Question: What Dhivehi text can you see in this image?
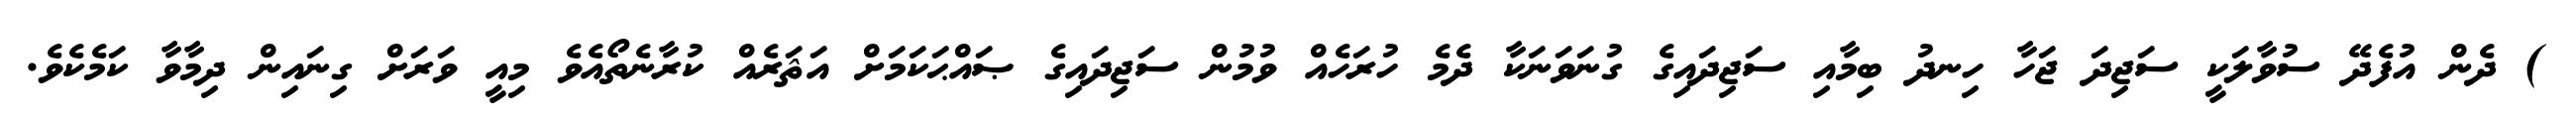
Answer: ) ދެން އުފެދޭ ސުވާލަކީ ސަޖިދަ ޖަހާ ހިނދު ބިމާއި ސަޖިދައިގެ ގުނަވަނަކާ ދެމެ ހުރަހެއް ވުމުން ސަޖިދައިގެ ޞައްޙަކަމަށް އަޘަރެއް ކުރާނެތޯއެވެ މިއީ ވަރަށް ގިނައިން ދިމާވާ ކަމެކެވެ.